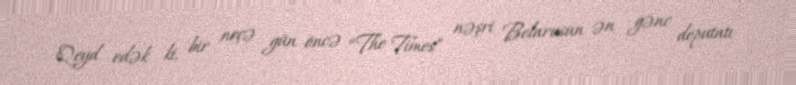
Qeyd edək ki, bir neçə gün öncə “The Times” nəşri Belarusun ən gənc deputatı